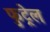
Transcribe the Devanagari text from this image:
फुट्रेल